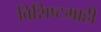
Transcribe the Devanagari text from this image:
विशिष्टग्राही